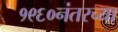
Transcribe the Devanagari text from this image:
१९६०नंतरच्या